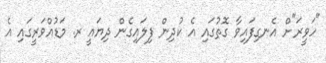
"ހަވީރަ"ށް އެނގިފައިވާ ގޮތުގައި އެ ކުދިން ފިލައިގެން ދިޔައީ ރ. މަޑުއްވަރީގައި އެ